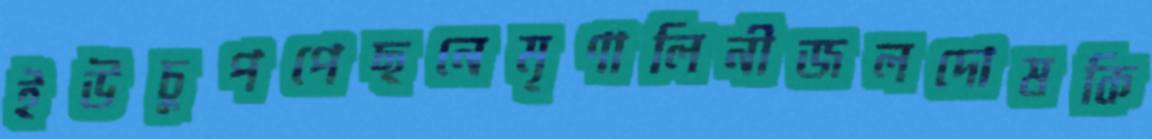
ইউচুপপেছনেমৃণালিনীজলদোষকি